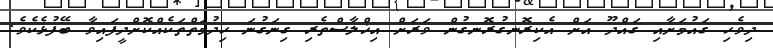
ދިވެހި ގައުމަށާއި ގައްދޫ އަށް އެކިރޮނގުރޮނގުން ވަރަށް އިޚްލާސްތެރި ގިނަގުނަ ހިދުމަތްތަކެއްކޮށްދީފައިވާ ބޭފުޅެކެވެ.